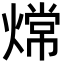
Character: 龦